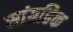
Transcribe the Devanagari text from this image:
सांग्रहिक